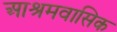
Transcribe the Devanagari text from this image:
आश्रमवासिक